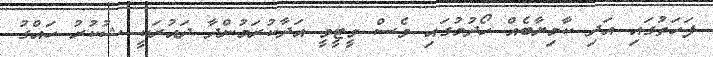
ފަހަތުގައި އަދި ކާމިޔާބެއް ހޯދުމުގައި ވެސް ވީޓީވީ އަދާކުރަމުންދާ ދައުރަކީ ޝުކުރު ހައްގު